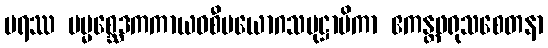
ပရဿ မမ္မစ္ဆေဒကကာယဝစီပယောဂသမုဋ္ဌာပိကာ ဧကန္တဖရုသစေတနာ